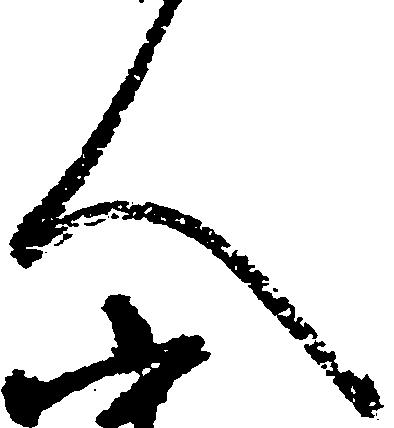
人